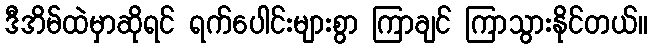
ဒီအိမ်ထဲမှာဆိုရင် ရက်ပေါင်းများစွာ ကြာချင် ကြာသွားနိုင်တယ်။